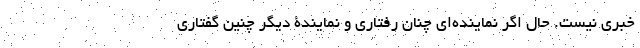
خبری نیست. حال اگر نماینده‌ای چنان رفتاری و نمایندۀ دیگر چنین گفتاری